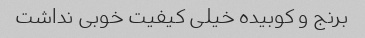
برنج و کوبیده خیلی کیفیت خوبی نداشت